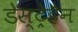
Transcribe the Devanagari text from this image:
डेस्ट्रेहैन